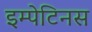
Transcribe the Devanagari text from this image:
इम्पेटिनस